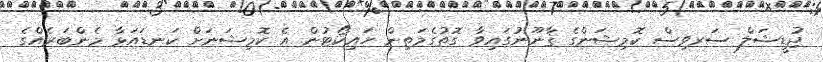
ޖުޑީޝަލް ސަރވިސް ކޮމިޝަންގެ ޤާނޫނުގައިވާ ގޮތުގެމަތިން ހައިކޯޓުން އެ ކޮމިޝަނަށް ކަނޑައަޅާ މެންބަރެއްގެ